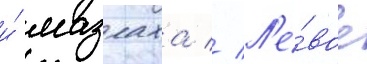
и́ мазлаха // Л'е́вое